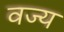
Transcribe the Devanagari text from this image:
वज्य